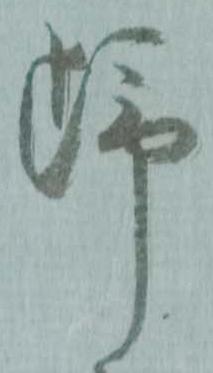
歸